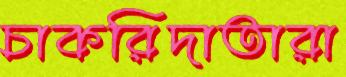
চাকরিদাতারা